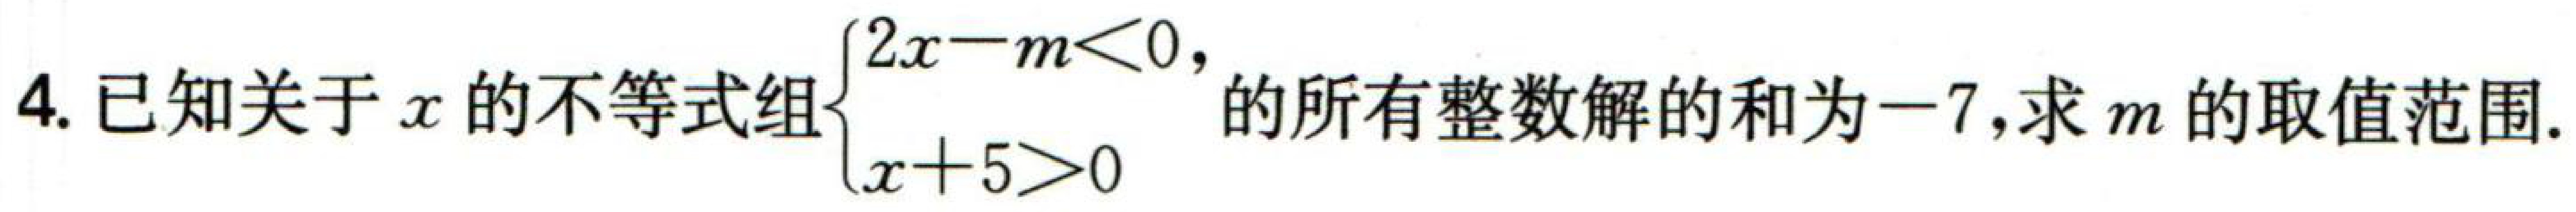
已知关于\(x\)的不等式组\(\begin{cases}2x - m < 0,\\x + 5 > 0\end{cases}\)的所有整数解的和为\(-7\)，求\(m\)的取值范围.